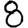
Digit: 8